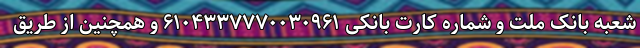
شعبه بانک ملت و شماره کارت بانکی ۶۱۰۴۳۳۷۷۷۰۰۳۰۹۶۱ و همچنین از طریق